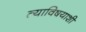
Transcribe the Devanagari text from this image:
त्याविषयाशी